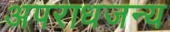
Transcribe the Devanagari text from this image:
अपराधजन्य